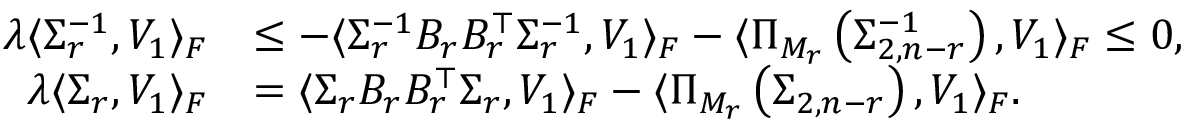
\begin{array} { r l } { \lambda \langle \Sigma _ { r } ^ { - 1 } , V _ { 1 } \rangle _ { F } } & { \le - \langle \Sigma _ { r } ^ { - 1 } B _ { r } B _ { r } ^ { \top } \Sigma _ { r } ^ { - 1 } , V _ { 1 } \rangle _ { F } - \langle \Pi _ { M _ { r } } \left( \Sigma _ { 2 , n - r } ^ { - 1 } \right) , V _ { 1 } \rangle _ { F } \le 0 , } \\ { \lambda \langle \Sigma _ { r } , V _ { 1 } \rangle _ { F } } & { = \langle \Sigma _ { r } B _ { r } B _ { r } ^ { \top } \Sigma _ { r } , V _ { 1 } \rangle _ { F } - \langle \Pi _ { M _ { r } } \left( \Sigma _ { 2 , n - r } \right) , V _ { 1 } \rangle _ { F } . } \end{array}